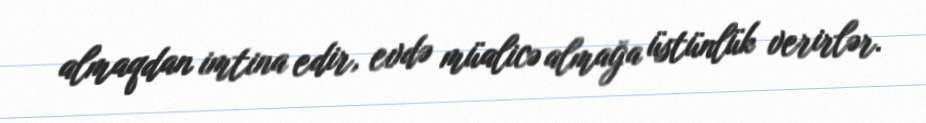
almaqdan imtina edir, evdə müalicə almağa üstünlük verirlər.